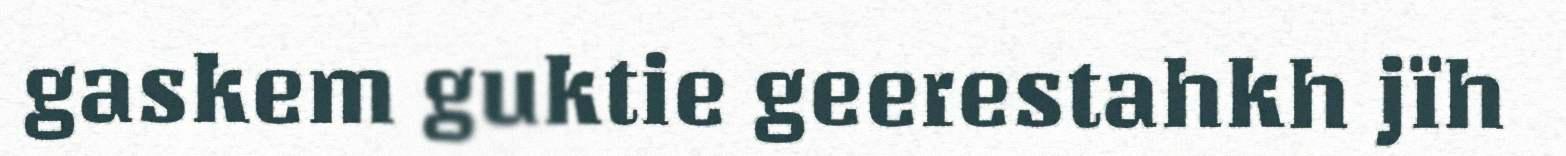
gaskem guktie geerestahkh jïh